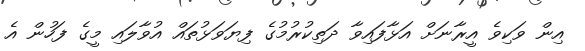
އިން ވަކިވެ އީރާނަށް އަޅާފައިވާ ދަތިކުރުމުގެ ފިޔަވަޅުތައް އުވާލައި މީގެ ފަހުން އެ